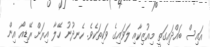
އައިސް ބައްދައިގަތީ މިއުޒިކާއި ލަވައިގެ ވަކިތަކެވެ. ހެނދުނު ހޭލާ އިރަށް ރޭޑިއޯ އިން